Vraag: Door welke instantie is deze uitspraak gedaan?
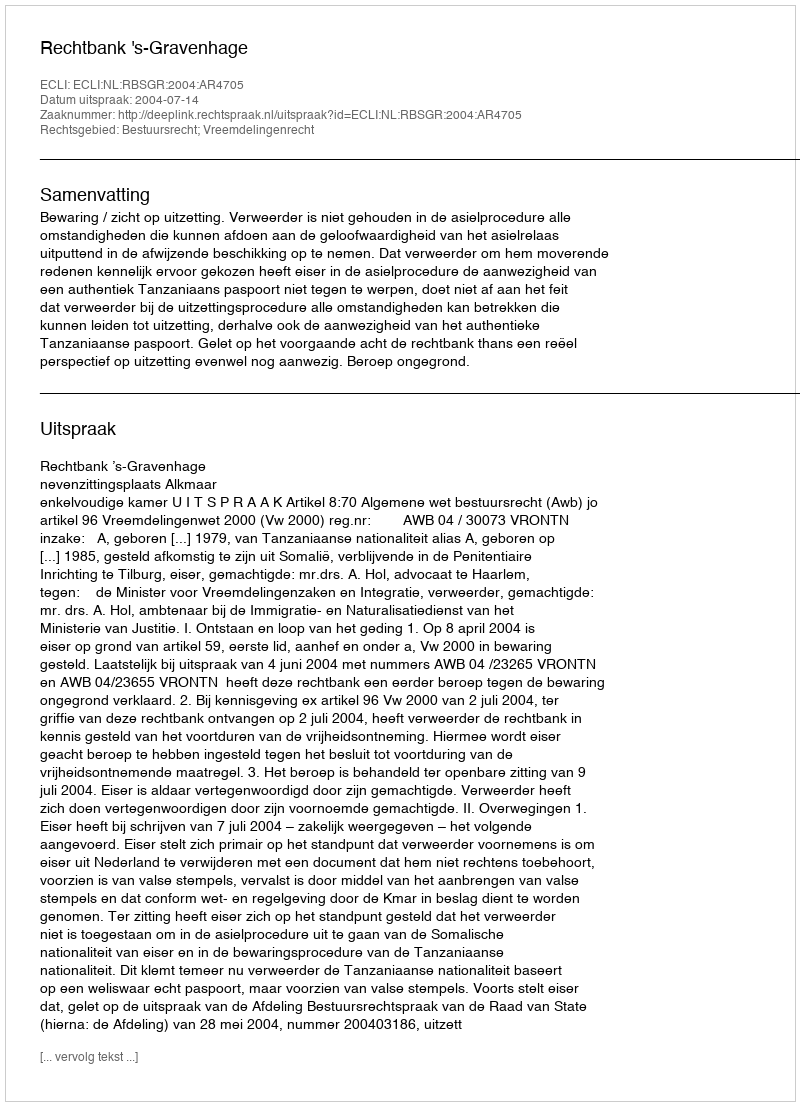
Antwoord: Rechtbank 's-Gravenhage